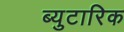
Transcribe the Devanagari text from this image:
ब्युटारिक